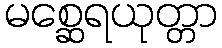
မစ္ဆေရယုတ္တာ